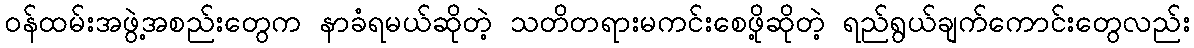
ဝန်ထမ်းအဖွဲ့အစည်းတွေက နာခံရမယ်ဆိုတဲ့ သတိတရားမကင်းစေဖို့ဆိုတဲ့ ရည်ရွယ်ချက်ကောင်းတွေလည်း